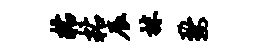
粘粘辰抹婺